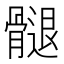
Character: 𮪲